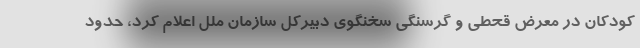
کودکان در معرض قحطی و گرسنگی سخنگوی دبیرکل سازمان ملل اعلام کرد، حدود